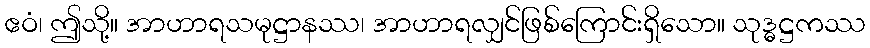
ဧဝံ၊ ဤသို့။ အာဟာရသမုဋ္ဌာနဿ၊ အာဟာရလျှင်ဖြစ်ကြောင်းရှိသော။ သုဒ္ဓဋ္ဌကဿ